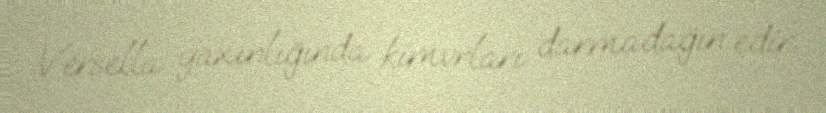
Versella yaxınlığında kimvrları darmadağın edir.